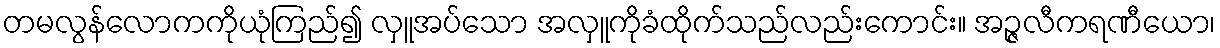
တမလွန်လောကကိုယုံကြည်၍ လှူအပ်သော အလှူကိုခံထိုက်သည်လည်းကောင်း။ အဉ္ဇလီကရဏီယော၊